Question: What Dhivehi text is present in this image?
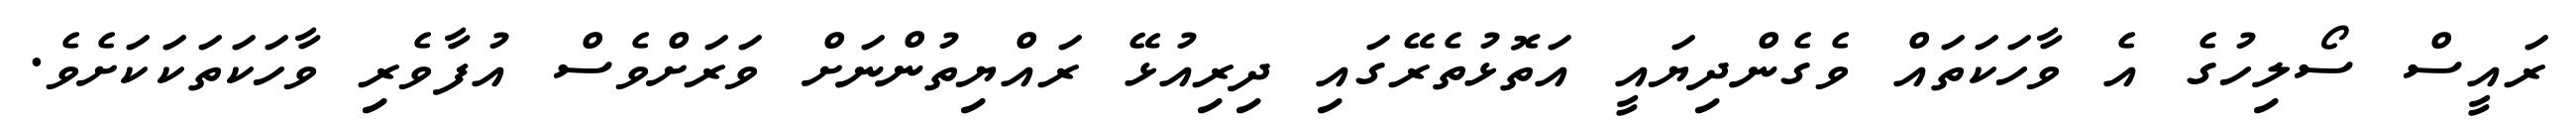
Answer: ރައީސް ސޯލިހުގެ އެ ވާހަކަތައް ވެގެންދިޔައީ އަތޮޅުތެރޭގައި ދިރިއުޅޭ ރައްޔިތުންނަށް ވަރަށްވެސް އުފާވެރި ވާހަކަތަކަކަށެވެ.